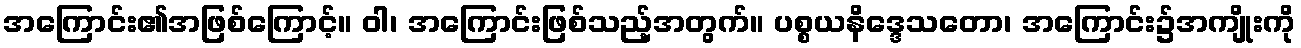
အကြောင်း၏အဖြစ်ကြောင့်။ ဝါ၊ အကြောင်းဖြစ်သည့်အတွက်။ ပစ္စယနိဒ္ဒေသတော၊ အကြောင်း၌အကျိုးကို